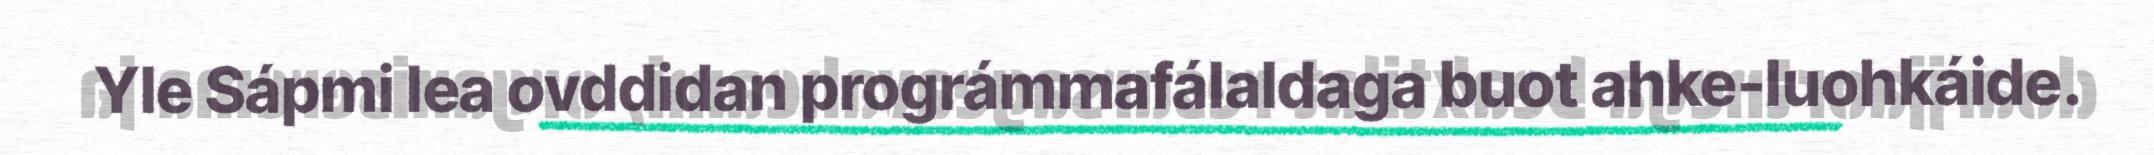
Yle Sápmi lea ovddidan prográmmafálaldaga buot ahke-luohkáide.